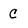
Character: c